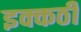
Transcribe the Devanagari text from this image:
इक्कठी